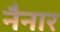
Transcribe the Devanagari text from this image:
नैनार